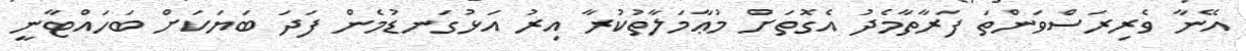
އޭނާ ވެރިރަސްވަންތަ ފަރާތާމެދު އެގޮތަށް މުޢާމަލާތުކުރާ އިރު އަޅުގަނޑުމެން ފަދަ ބަޔަކަށް ބަހައްޓާނީ